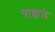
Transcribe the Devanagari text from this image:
पाह्यले